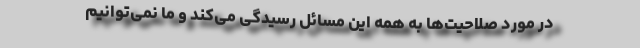
در مورد صلاحیت‌ها به همه این مسائل رسیدگی می‌کند و ما نمی‌توانیم